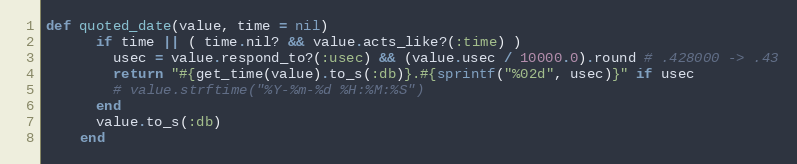
Language: Ruby
def quoted_date(value, time = nil)
      if time || ( time.nil? && value.acts_like?(:time) )
        usec = value.respond_to?(:usec) && (value.usec / 10000.0).round # .428000 -> .43
        return "#{get_time(value).to_s(:db)}.#{sprintf("%02d", usec)}" if usec
        # value.strftime("%Y-%m-%d %H:%M:%S")
      end
      value.to_s(:db)
    end